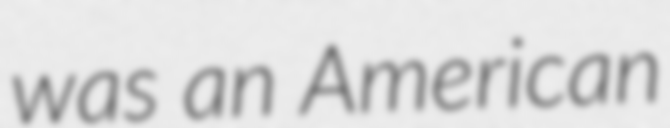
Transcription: was an American